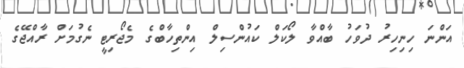
އަންނަ ހިނިހިރު ދުވަހު ބާއްވާ ލޯކަލް ކައުންސިލް އިންތިހާބްގެ މެޖޯރިޓީ ނެގުމަށް ރާއްޖޭގެ